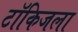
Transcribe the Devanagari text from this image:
टॉकिजला